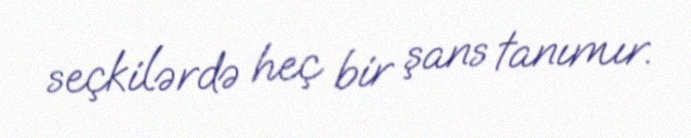
seçkilərdə heç bir şans tanımır.